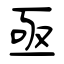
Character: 亟